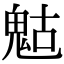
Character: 𩲱